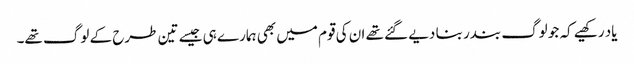
یاد رکھیے کہ جو لوگ بندر بنا دیے گئے تھے ان کی قوم میں بھی ہمارے ہی جیسے تین طرح کے لوگ تھے۔